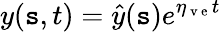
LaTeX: y(\mathtt{s},t)=\hat{{y}}(\mathtt{s})e^{\eta_{\mathrm{{~v~e~}}}t}